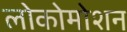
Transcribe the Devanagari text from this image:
लोकोमोशन